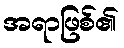
အရာဖြစ်၏